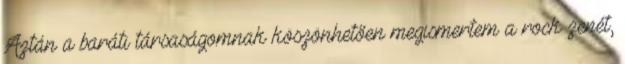
Aztán a baráti társaságomnak köszönhetően megismertem a rock zenét,